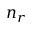
n _ { r }